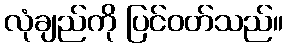
လုံချည်ကို ပြင်ဝတ်သည်။